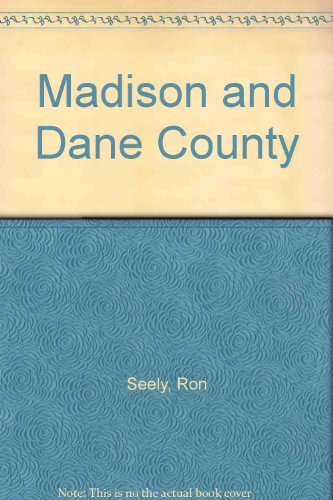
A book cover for Madison and Dane County; Ron Seely; Travel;